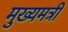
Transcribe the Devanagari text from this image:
मुख्यमत्री